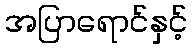
အပြာရောင်နှင့်